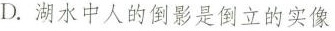
D. 湖水中人的倒影是倒立的实像